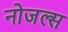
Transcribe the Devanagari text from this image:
नोजल्स